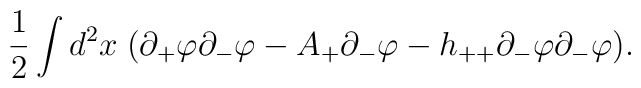
\frac{1}{2}\int d^{2}x \;(\partial_{+}\varphi\partial_{-}\varphi -A_{+}\partial_{-}\varphi - h_{++}\partial_{-}\varphi\partial_{-}\varphi).